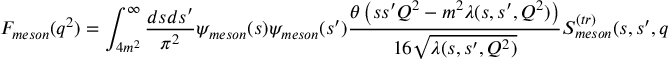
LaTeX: F _ { m e s o n } ( q ^ { 2 } ) = \int _ { 4 m ^ { 2 } } ^ { \infty } \frac { d s d s ^ { \prime } } { \pi ^ { 2 } } \psi _ { m e s o n } ( s ) \psi _ { m e s o n } ( s ^ { \prime } ) \frac { \theta \left( s s ^ { \prime } Q ^ { 2 } - m ^ { 2 } \lambda ( s , s ^ { \prime } , Q ^ { 2 } ) \right) } { 1 6 \sqrt { \lambda ( s , s ^ { \prime } , Q ^ { 2 } ) } } S _ { m e s o n } ^ { ( t r ) } ( s , s ^ { \prime } , q ^ { 2 } ) \ ,